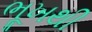
ભૂખથી